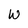
Character: w